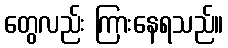
တွေလည်း ကြားနေရသည်။